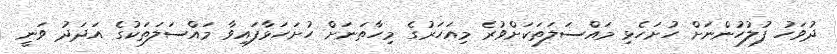
ދުވަހު ފުލުހުންނަށް ހުށަހެޅި މައްސަލަތަކަށްވުރެ މިއަހަރުގެ މިހާތަނަށް ހުށަހަޅާފައިވާ މައްސަލަތަކުގެ އަދަދު ވަނީ